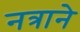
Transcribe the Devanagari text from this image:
नत्राने